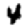
Digit: 4